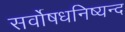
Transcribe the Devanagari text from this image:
सर्वोषधनिष्यन्द